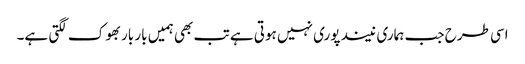
اسی طرح جب ہماری نیند پوری نہیں ہوتی ہے تب بھی ہمیں بار بار بھوک لگتی ہے۔